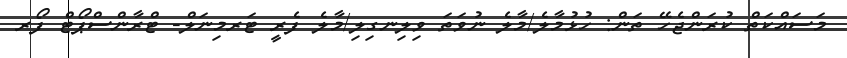
މަސައްކަތް ކުރަންޖެހޭ ތަން: ހުޅުމާލެ/މާލެ ނުވަތަ ވިލިނގިލި/މާލެ ފެރީ ޓަރމިނަލް- ޓްރާންސްޕޯޓް ފޯރ